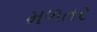
મળતર